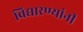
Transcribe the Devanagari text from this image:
विद्यारण्यांनी